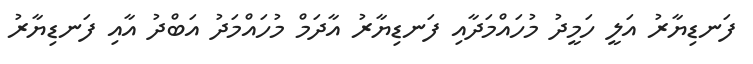
ފަނޑިޔާރު އަލީ ހަމީދު މުހައްމަދާއި ފަނޑިޔާރު އާދަމް މުހައްމަދު އަބްދު އާއި ފަނޑިޔާރު